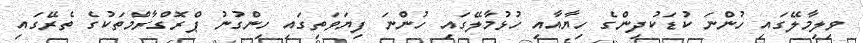
ވިލިމާލޭގައި ހުންނަ ކުޑަކުދިންގެ ހިޔާއާއި ހުޅުމާލޭގައި ހުންނަ ފިޔަވަތިގައި ހިންގުނު ޕްރޮގްރާމްތަކުގެ ތެރޭގައި